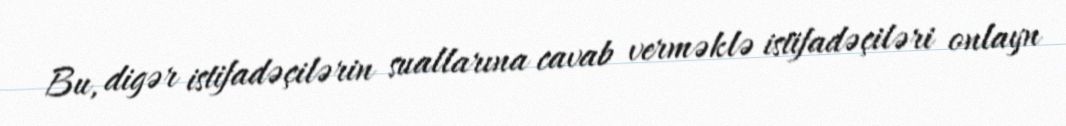
Bu, digər istifadəçilərin suallarına cavab verməklə istifadəçiləri onlayn